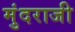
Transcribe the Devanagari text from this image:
मुंदराजी